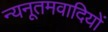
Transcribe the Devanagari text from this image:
न्यनूतमवादियों